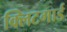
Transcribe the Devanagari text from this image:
क्लिटगार्ड